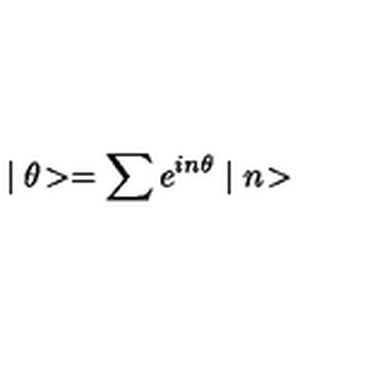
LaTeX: \mid \theta \! > = \sum e ^ { i n \theta } \mid n \! >